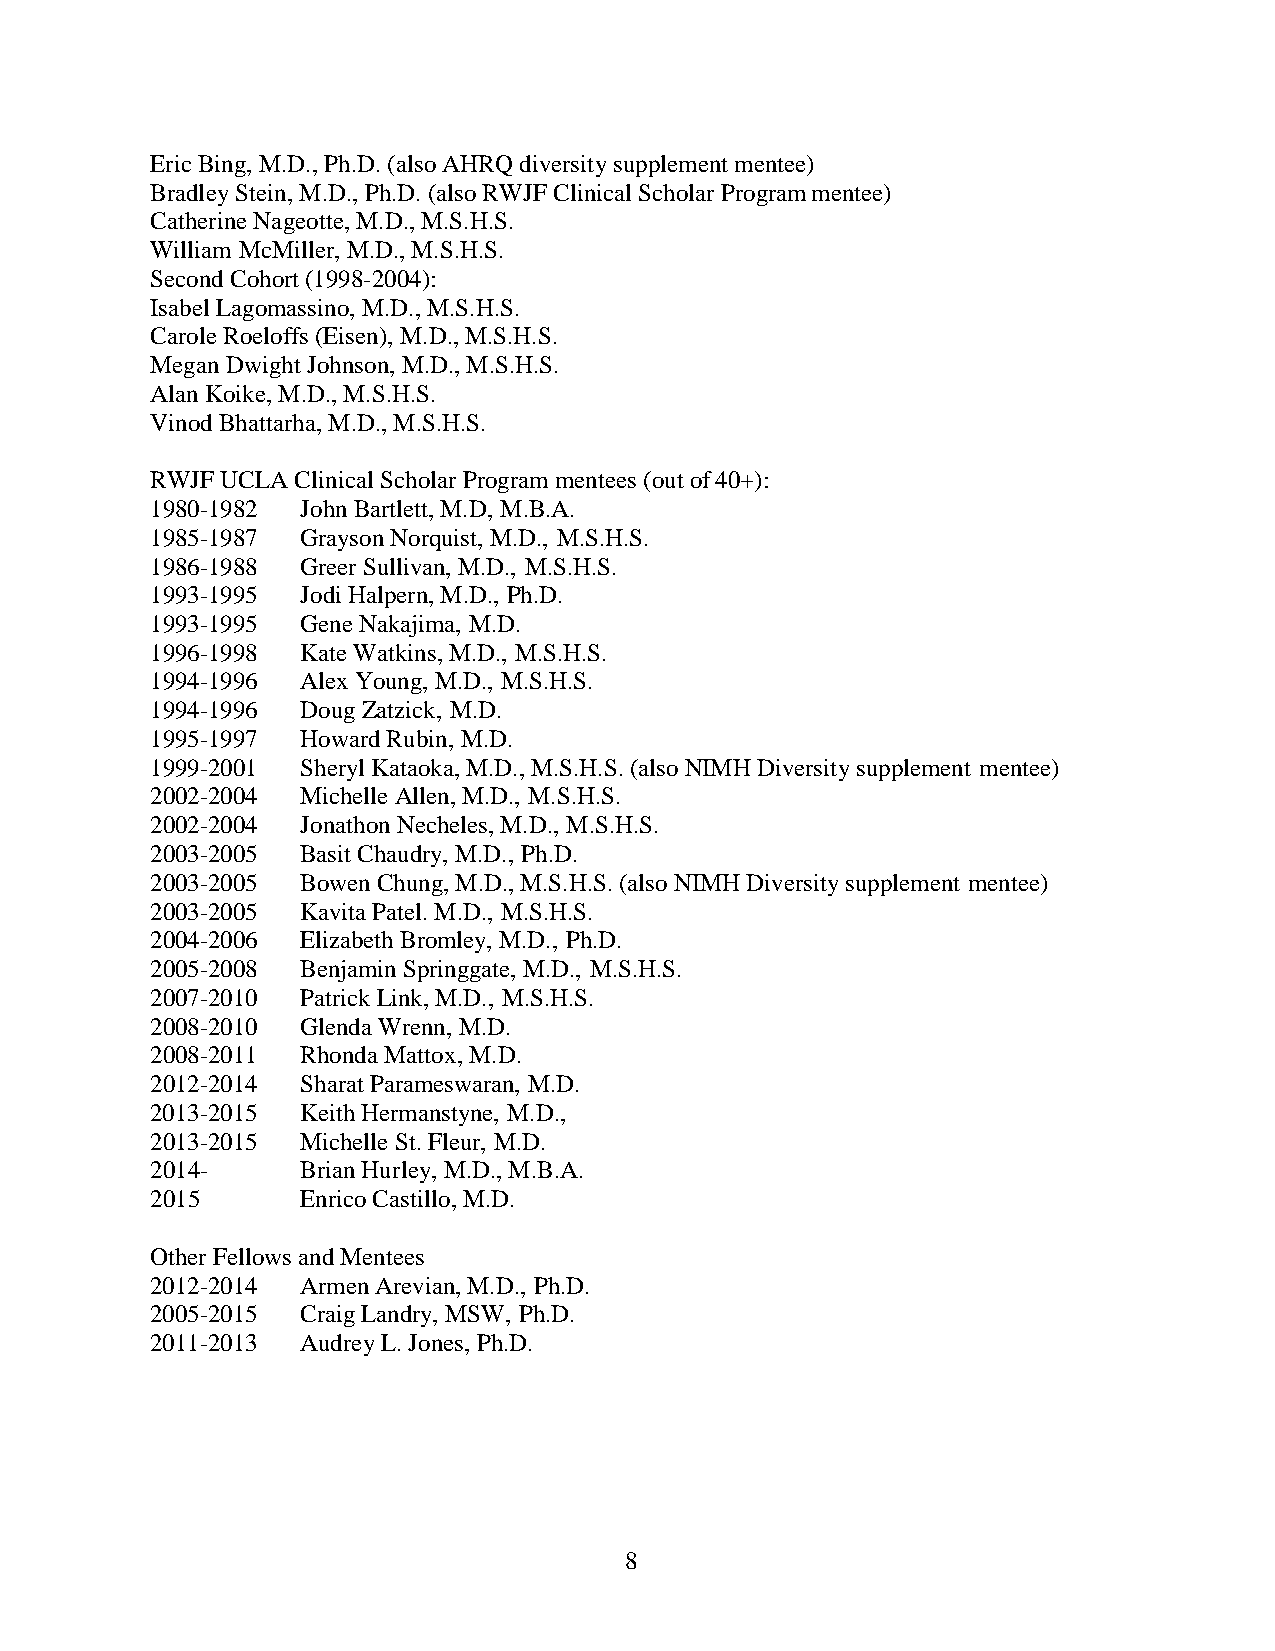
Eric Bing, M.D., Ph.D. (also AHRQ diversity supplement mentee)
 Bradley Stein, M.D., Ph.D. (also RWJF Clinical Scholar Program mentee)
 Catherine Nageotte, M.D., M.S.H.S.
 William McMiller, M.D., M.S.H.S.
 Second Cohort (1998-2004):
 Isabel Lagomassino, M.D., M.S.H.S.
 Carole Roeloffs (Eisen), M.D., M.S.H.S.
 Megan Dwight Johnson, M.D., M.S.H.S.
 Alan Koike, M.D., M.S.H.S.
 Vinod Bhattarha, M.D., M.S.H.S.
 RWJF UCLA Clinical Scholar Program mentees (out of 40+):
 1980-1982 John Bartlett, M.D, M.B.A.
 1985-1987 Grayson Norquist, M.D., M.S.H.S.
 1986-1988 Greer Sullivan, M.D., M.S.H.S.
 1993-1995 Jodi Halpern, M.D., Ph.D.
 1993-1995 Gene Nakajima, M.D.
 1996-1998 Kate Watkins, M.D., M.S.H.S.
 1994-1996 Alex Young, M.D., M.S.H.S.
 1994-1996 Doug Zatzick, M.D.
 1995-1997 Howard Rubin, M.D.
 1999-2001 Sheryl Kataoka, M.D., M.S.H.S. (also NIMH Diversity supplement mentee)
 2002-2004 Michelle Allen, M.D., M.S.H.S.
 2002-2004 Jonathon Necheles, M.D., M.S.H.S.
 2003-2005 Basit Chaudry, M.D., Ph.D.
 2003-2005 Bowen Chung, M.D., M.S.H.S. (also NIMH Diversity supplement mentee)
 2003-2005 Kavita Patel. M.D., M.S.H.S.
 2004-2006 Elizabeth Bromley, M.D., Ph.D.
 2005-2008 Benjamin Springgate, M.D., M.S.H.S.
 2007-2010 Patrick Link, M.D., M.S.H.S.
 2008-2010 Glenda Wrenn, M.D.
 2008-2011 Rhonda Mattox, M.D.
 2012-2014 Sharat Parameswaran, M.D.
 2013-2015 Keith Hermanstyne, M.D.,
 2013-2015 Michelle St. Fleur, M.D.
 2014-     Brian Hurley, M.D., M.B.A.
 2015      Enrico Castillo, M.D.
 Other Fellows and Mentees
 2012-2014 Armen Arevian, M.D., Ph.D.
 2005-2015 Craig Landry, MSW, Ph.D.
 2011-2013 Audrey L. Jones, Ph.D.
 8